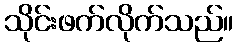
သိုင်းဖက်လိုက်သည်။